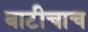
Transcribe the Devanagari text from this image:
बाटीचाच